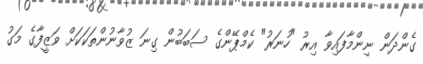
ގެންދަން ނިންމާފައިވާ އިރު "ހުނަރު" ކެމްޕޭންގެ ސަބަބުން ގިނަ ޒުވާނުންތަކަކަށް ވަޒީފާގެ މަގު